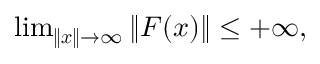
\begin{array} { r } { \operatorname* { l i m } _ { \| \boldsymbol { x } \| \rightarrow \infty } \| \boldsymbol { F } ( \boldsymbol { x } ) \| \le + \infty , } \end{array}